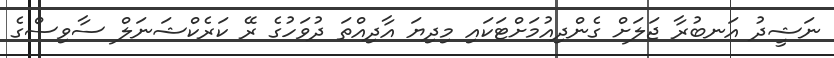
ނަޝީދު އަނބުރާ ޖަލަށް ގެންދިއުމަށްޓަކައި މިދިޔަ އާދިއްތަ ދުވަހުގެ ރޭ ކަރެކްޝަނަލް ސާވިސްގެ